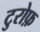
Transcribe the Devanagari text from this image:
टुरोफ़